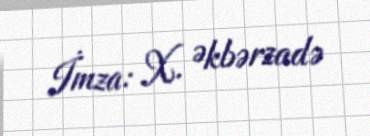
İmza: X. Əkbərzadə